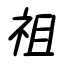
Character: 祖